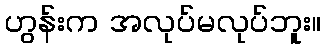
ဟွန်းက အလုပ်မလုပ်ဘူး။